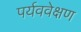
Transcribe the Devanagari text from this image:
पर्यववेक्षण